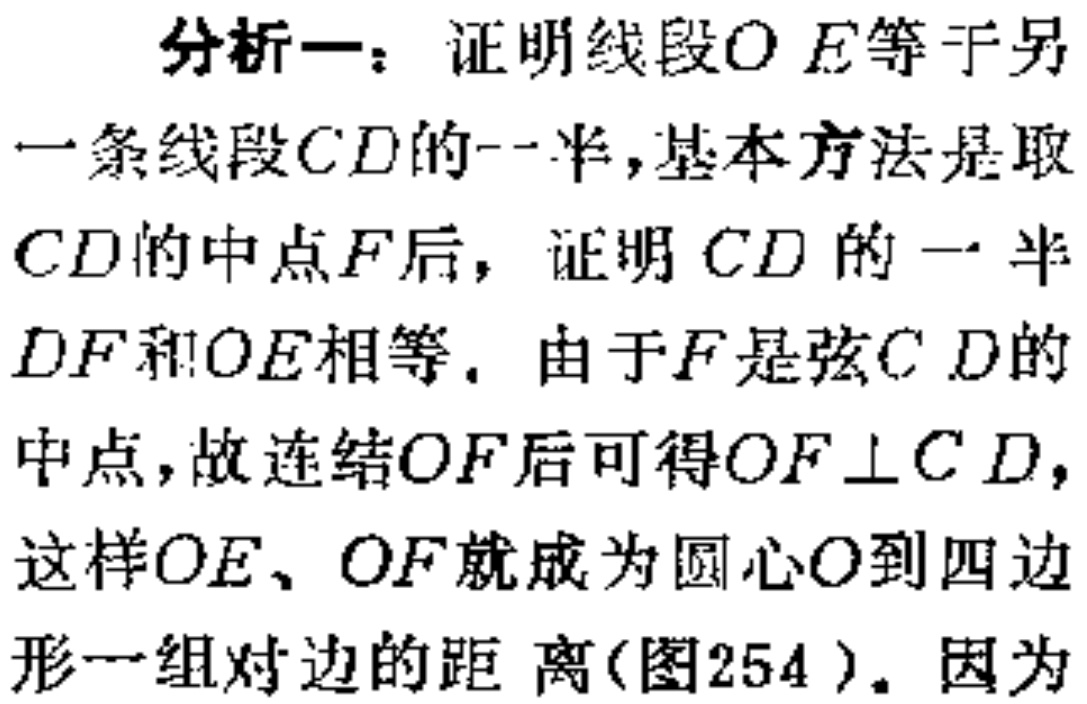
分析一：证明线段\(OE\)等于另一条线段\(CD\)的一半，基本方法是取\(CD\)的中点\(F\)后，证明\(CD\)的一半\(DF\)和\(OE\)相等。由于\(F\)是弦\(CD\)的中点，故连结\(OF\)后可得\(OF\perp CD\)，这样\(OE\)、\(OF\)就成为圆心\(O\)到四边形一组对边的距离(图254)。因为